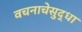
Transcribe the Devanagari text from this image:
वचनाचेसुद्धा